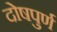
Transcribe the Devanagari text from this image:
दोषपुर्ण